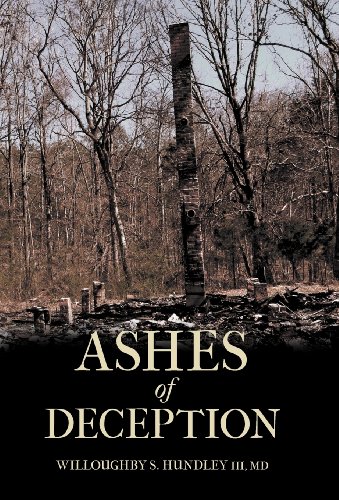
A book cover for Ashes of Deception; Willoughby S. Hundley III MD; Mystery, Thriller & Suspense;